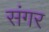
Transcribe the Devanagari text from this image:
संगर